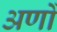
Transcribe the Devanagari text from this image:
अणों